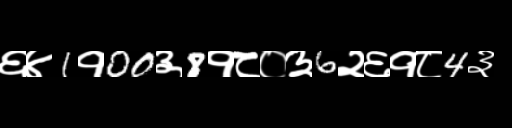
Text: ६४1१00३8१८०३6२६१८4३